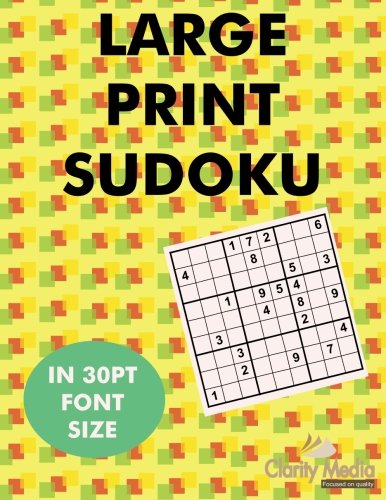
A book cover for Large Print Sudoku: 100 sudoku puzzles in large print 30pt font size. (Volume 1); Clarity Media; Humor & Entertainment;